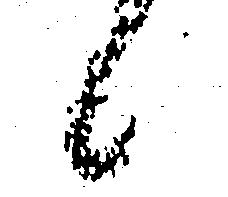
候